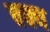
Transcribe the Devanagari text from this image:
क्क्य